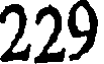
229